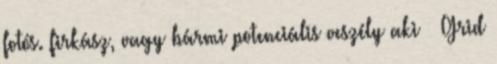
fotós. firkász, vagy bármi potenciális veszély aki – Grid